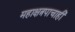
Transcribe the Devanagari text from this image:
महाक्षत्रपाचाही